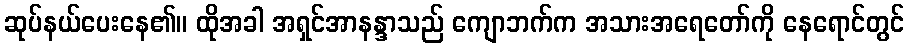
ဆုပ်နယ်ပေးနေ၏။ ထိုအခါ အရှင်အာနန္ဒာသည် ကျောဘက်က အသားအရေတော်ကို နေရောင်တွင်